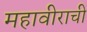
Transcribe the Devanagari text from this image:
महावीराची